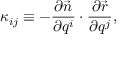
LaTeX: \kappa _ { i j } \equiv - \frac { \partial \vec { n } } { \partial q ^ { i } } \cdot \frac { \partial \vec { r } } { \partial q ^ { j } } ,